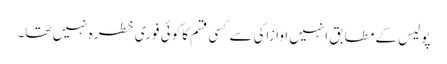
پولیس کے مطابق انہیں اوازاکی سے کسی قسم کا کوئی فوری خطرہ نہیں تھا۔